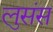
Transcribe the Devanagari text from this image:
लुसंस